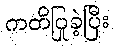
ကတိပြုခဲ့ပြီး